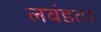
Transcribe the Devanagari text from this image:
लवंडता